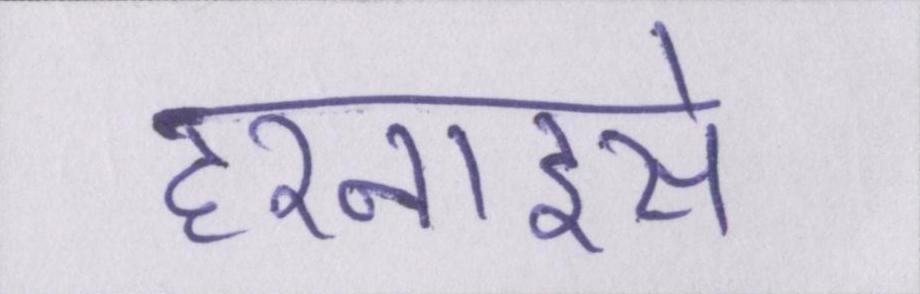
हरनाइसे